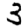
Digit: 3